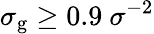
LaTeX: \sigma_{\mathrm{g}}\geq 0.9~\sigma^{-2}